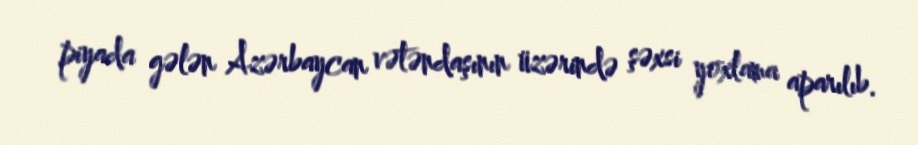
piyada gələn Azərbaycan vətəndaşının üzərində şəxsi yoxlama aparılıb.